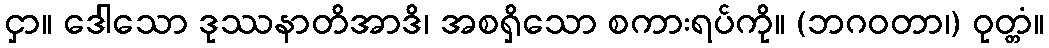
ငှာ။ ဒေါသော ဒုဿနာတိအာဒိ၊ အစရှိသော စကားရပ်ကို။ (ဘဂဝတာ၊) ဝုတ္တံ။